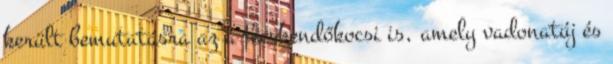
került bemutatásra az a fecskendőkocsi is, amely vadonatúj és